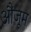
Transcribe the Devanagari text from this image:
औंजूम